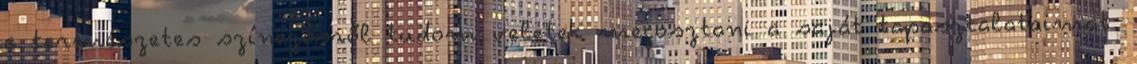
a természetes színezésről tudom veletek megosztani a saját tapasztalataimat.